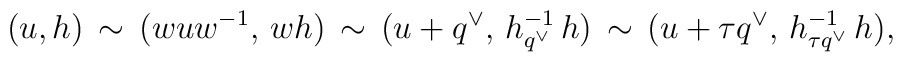
(u,h)\,\sim\,(wuw^{-1},\, wh)\,\sim\,(u+q^\vee,\,h^{-1}_{q^\vee}\,h)\,\sim        \,(u+\tau q^\vee,\, h^{-1}_{\tau q^\vee}\,h),